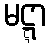
မဋ္ဋာ